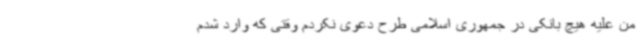
من علیه هیچ بانکی در جمهوری اسلامی طرح دعوی نکردم وقتی که وارد شدم